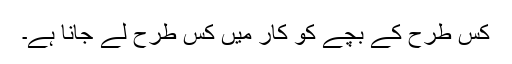
کس طرح کے بچے کو کار میں کس طرح لے جانا ہے۔